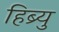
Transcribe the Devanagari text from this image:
हिब्र्यु